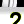
Digit: 2